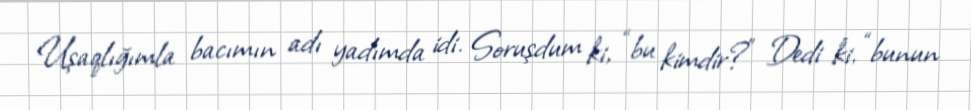
Uşaqlığımla bacımın adı yadımda idi. Soruşdum ki, “bu kimdir?” Dedi ki, “bunun